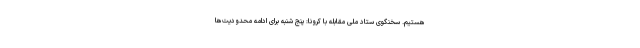
هستیم. سخنگوی ستاد ملی مقابله با کرونا: پنج شنبه برای ادامه محدودیت‌ها